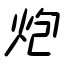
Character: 炮